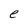
Character: e